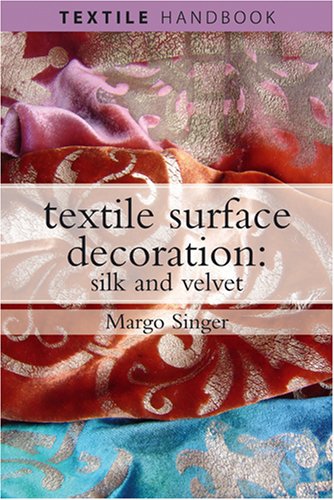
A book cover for Textile Surface Decoration: Silk and Velvet (Textiles Handbooks); Margo Singer; Crafts, Hobbies & Home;